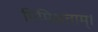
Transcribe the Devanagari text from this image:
मिमिक्षताम्।